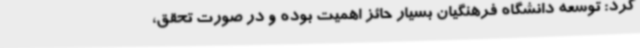
کرد: توسعه دانشگاه فرهنگیان بسیار حائز اهمیت بوده و در صورت تحقق،